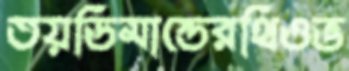
তয়ডিমান্ডেরথিওভ